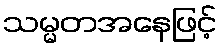
သမ္မတအနေဖြင့်